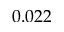
0 . 0 2 2